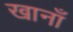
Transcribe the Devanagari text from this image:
खानाँ